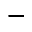
^ -